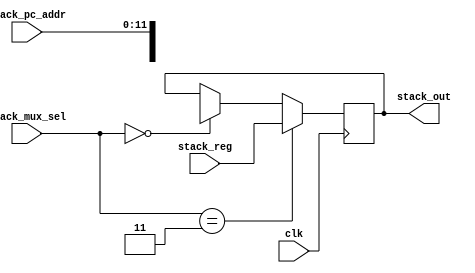
`timescale 1ns / 1ps
//////////////////////////////////////////////////////////////////////////////////
// Company: 
// Engineer: 
// 
// Design Name: 
// Module Name:    A5_STACK_MUX 
// Project Name: 
// Target Devices: 
// Tool versions: 
// Description: 
//
// Dependencies: 
//
// Revision: 
// Revision 0.01 - File Created
// Additional Comments: 
//
//////////////////////////////////////////////////////////////////////////////////
module A5_STACK_MUX(clk, stack_pc_addr, stack_reg, stack_out, stack_mux_sel
    );
input clk;
input [1:0]stack_mux_sel;

input [11:0] stack_pc_addr;
input [15:0] stack_reg;

output reg [15:0] stack_out;

always @(posedge clk)
begin
	if(stack_mux_sel==2'b11)
	begin
	stack_out=stack_reg;
	end
	else if(stack_mux_sel==2'b00)
	begin
	stack_out={4'bxxxx,stack_pc_addr};
	end
end
endmodule